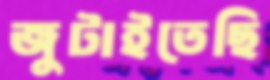
জুটাইতেছি